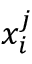
x _ { i } ^ { j }